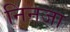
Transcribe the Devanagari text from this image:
निनजा